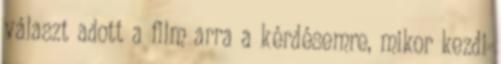
választ adott a film arra a kérdésemre, mikor kezdi